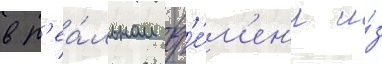
в р'еа́льном вр'е́м'ен'и и́з